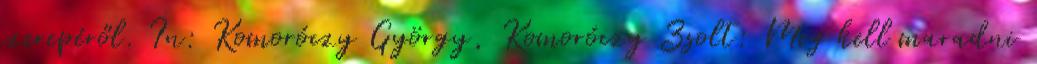
szerepéről. In: Komoróczy György, Komoróczy Zsolt: Meg kell maradni